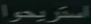
استريحا